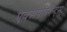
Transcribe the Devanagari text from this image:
एक्सपेरिमेन्ट्‌स्